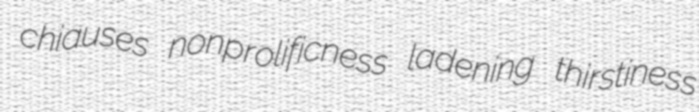
chiauses nonprolificness ladening thirstiness